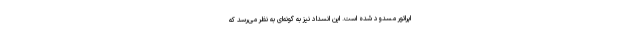
اپراتور مسدود شده است. این انسداد نیز به گونه‌ای به نظر می‌رسد که